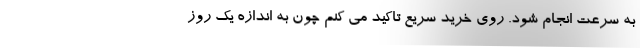
به سرعت انجام شود. روی خرید سریع تاکید می کنم چون به اندازه یک روز